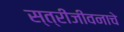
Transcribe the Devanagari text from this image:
स्त्रीजीवनाचे